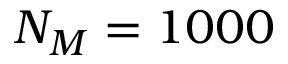
N _ { M } = 1 0 0 0